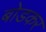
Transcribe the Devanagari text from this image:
बोडकर